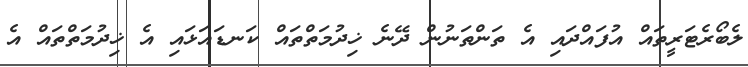
ލެބޯރެޓަރީތައް އުފައްދައި އެ ތަންތަނުން ދޭނެ ޚިދުމަތްތައް ކަނޑައަޅައި އެ ޚިދުމަތްތައް އެ